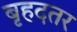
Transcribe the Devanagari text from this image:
बृहदतर